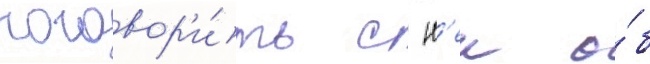
поговор'и́ть с н'еи о́б